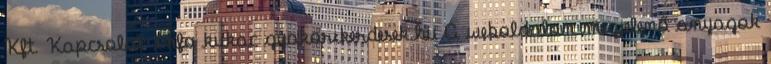
Kft. Kapcsolat: info kukac gyakorikerdesek.hu A weboldalon megjelenő anyagok